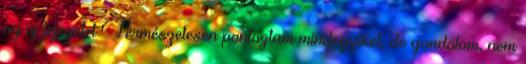
az új fejezetet Természetesen pontoztam mindegyiket, de gondolom, nem